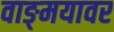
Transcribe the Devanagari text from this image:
वाङ्‍मयावर